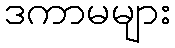
ဒကာမများ